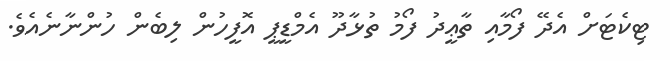
ޓިކެޓަށް އެދޭ ފޯމާއި ތާޢީދު ފޯމު ތުޅާދޫ އެމްޑީޕީ އޮފީހުން ލިބެން ހުންނާނެއެވެ.